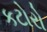
કટોરો